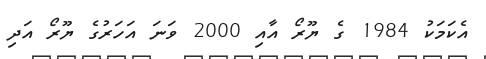
އެކަމަކު 1984 ގެ ޔޫރޯ އާއި 2000 ވަނަ އަހަރުގެ ޔޫރޯ އަދި